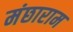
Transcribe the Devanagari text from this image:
मंछाराम